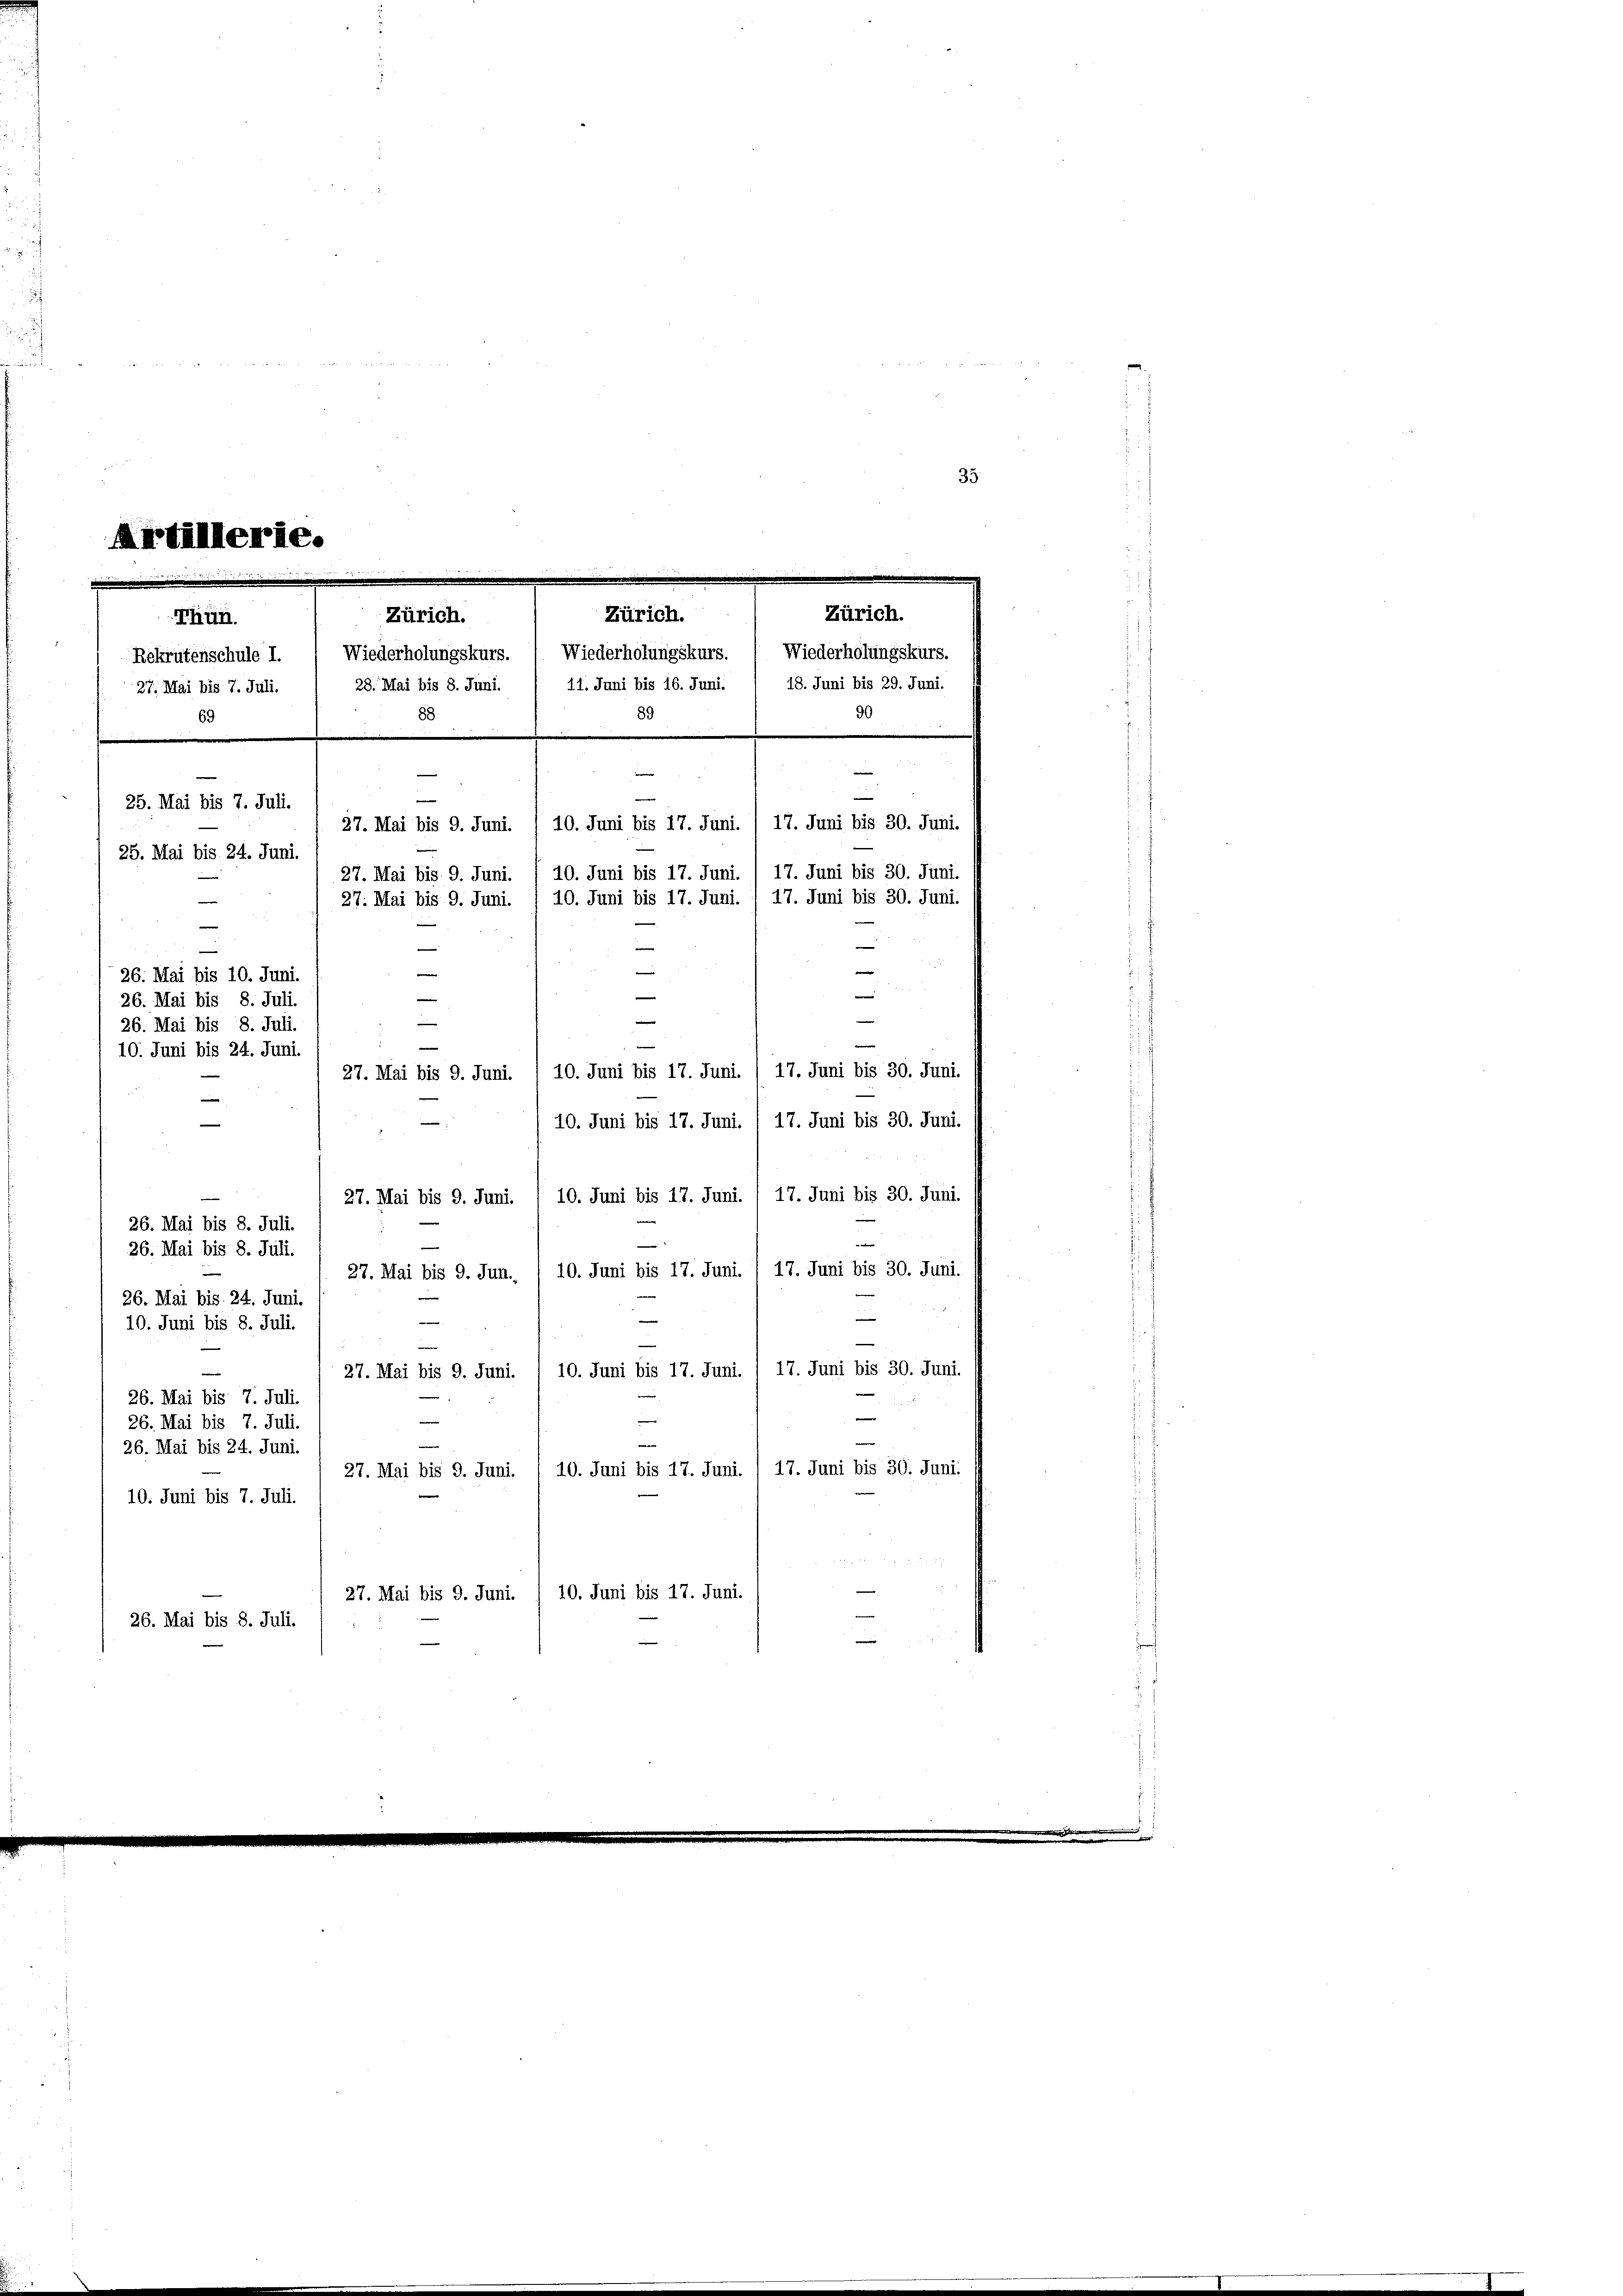
35
Artillerie.

Zürich.
Zürich.
Zürich.
Thun.
Rekrutenschule I. Wiederholungskurs. Wiederholungskurs. ( Wiederholungskurs.
28. Mai bis 8. Juni. / 11. Juni bis 16. Juni. 1 18. Juni bis 29. Juni.
27. Mai bis 7. Juli.
90
89
88
69

25. Mai bis 7. Juli.
27. Mai bis 9. Juni. /10. Juni bis 17. Juni. / 17. Juni bis 30. Juni.
25. Mai bis 24. Juni.
27. Mai bis 9. Juni. / 10. Juni bis 17. Juni. / 17. Juni bis 30. Juni.
10. Juni bis 17. Juni.
e
—
—
e
s
e
26. Mai bis 10. Juni.
e
e
26. Mai bis 8. Juli.
e
26. Mai bis 8. Juli.
e
10. Juni bis 24. Juni.
27. Mai bis 9. Juni. / 10. Juni bis 17. Juni. / 17. Juni bis 30. Juni.
e
10. Juni bis 17. Juni. / 17. Juni bis 30. Juni.
17. Juni bis 30. Juni.
10. Juni bis 17. Juni.
27. Mai bis 9. Juni.
26. Mai bis 8. Juli.
26. Mai bis 8. Juli.
10. Juni bis 17. Juni.
17. Juni bis 30. Juni.
27. Mai bis 9. Jun.
26. Mai bis 24. Juni.
—
e
10. Juni bis 8. Juli.
27. Mai bis 9. Juni. / 10. Juni bis 17. Juni. 1 17. Juni bis 30. Juni.
e
26. Mai bis 7. Juli.
26. Mai bis 7. Juli.
26. Mai bis 24. Juni.
10. Juni bis 17. Juni. / 17. Juni bis 30. Juni.
27. Mai bis 9. Juni.
10. Juni bis 7. Juli.
27. Mai bis 9. Juni. / 10. Juni bis 17. Juni.
26. Mai bis 8. Juli.

27. Mai bis 9. Juni.

17. Juni bis 30. Juni.
e